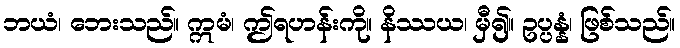
ဘယံ၊ ဘေးသည်။ ဣမံ၊ ဤရဟန်းကို။ နိဿယ၊ မှီ၍။ ဥပ္ပန္နံ၊ ဖြစ်သည်။